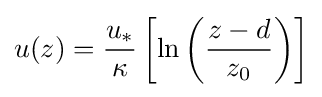
u(z)={\frac {u_{*}}{\kappa }}\left[\ln \left({\frac {z-d}{z_{0}}}\right)\right]